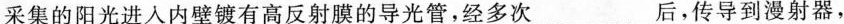
采集的阳光进入内壁镀有高反射膜的导光管，经多次___后，传导到漫射器，